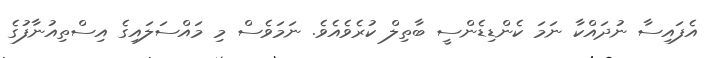
އެފައިސާ ނުދައްކާ ނަމަ ކެންޑިޑެންސީ ބާތިލް ކުރެވެއެވެ. ނަމަވެސް މި މައްސަލައިގެ އިސްތިއުނާފުގެ